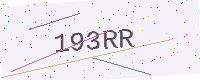
Text: 193RR